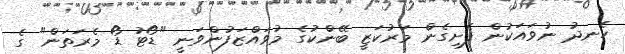
ހެނދު ނުވައަކުން ފެށިގެން މަރުކަޒީ ބޭންކުގެ މުވައްޒަފުންވަނީ "ޑޯޓު ޑޯ މެރަތަން" ގެ